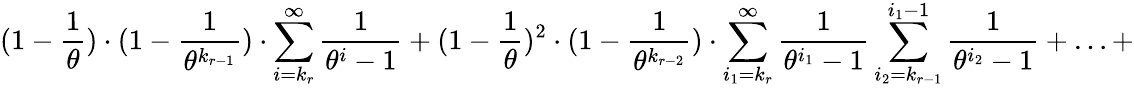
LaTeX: (1-\frac{1}{\theta})\cdot(1-\frac{1}{\theta^{k_{r-1}}})\cdot\sum_{i=k_{r}}^{\infty}\frac{1}{\theta^{i}-1}+(1-\frac{1}{\theta})^{2}\cdot(1-\frac{1}{\theta^{k_{r-2}}})\cdot\sum_{i_{1}=k_{r}}^{\infty}\frac{1}{\theta^{i_{1}}-1}\sum_{i_{2}=k_{r-1}}^{i_{1}-1}\frac{1}{\theta^{i_{2}}-1}+\ldots+